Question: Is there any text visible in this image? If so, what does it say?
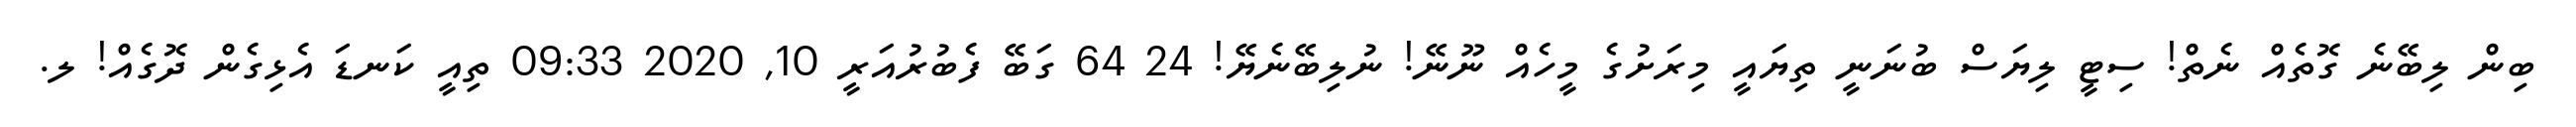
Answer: ބިން ލިބޭނެ ގޮތެއް ނެތް! ސިޓީ ލިޔަސް ބުނަނީ ތިޔައީ މިރަށުގެ މީހެއް ނޫނޭ! ނުލިބޭނެޔޭ! 24 64 ގަބޭ ފެބުރުއަރީ 10, 2020 09:33 ތިއީ ކަނޑަ އެޅިގެން ދޮގެއް! ލ.